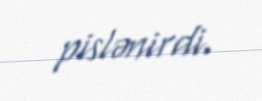
pislənirdi.